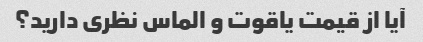
آیا از قیمت یاقوت و الماس نظری دارید؟